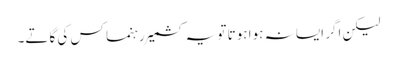
لیکن اگر ایسا نہ ہوا ہوتا تو یہ کشمیر رہنما کس کی گاتے۔